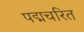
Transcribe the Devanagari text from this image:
पद्मचरित